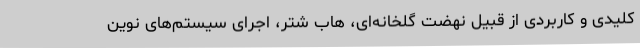
کلیدی و کاربردی از قبیل نهضت گلخانه‌ای، هاب شتر، اجرای سیستم‌های نوین